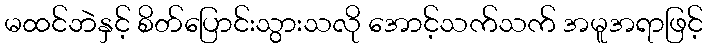
မထင်ဘဲနှင့် စိတ်ပြောင်းသွားသလို အောင့်သက်သက် အမူအရာဖြင့်